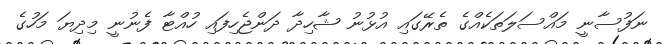
ނަފުސާނީ މައްސަލަތަކެއްގެ ތެރޭގައި އުޅުނު ޝާހިދާ ދަންޖެހިފައި ހުއްޓާ ފެނުނީ މިދިޔަ މަހުގެ